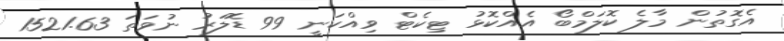
އެގޮތުން މާލެ ކޮލަމްބޯ އެއްކޮޅު ޓިކެޓް ވިއްކަނީ 99 ޑޮލަރު ނުވަތަ 1521.63